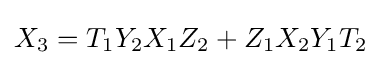
X_{3}=T_{1}Y_{2}X_{1}Z_{2}+Z_{1}X_{2}Y_{1}T_{2}